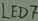
Text: LES7